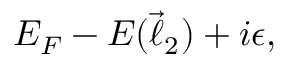
E _ { F } - E ( \vec { \ell } _ { 2 } ) + i \epsilon ,